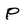
Character: P